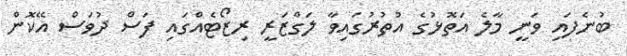
ބުނެފައި ވަނީ މާލެ އަތޮޅުގެ އުތުރުުގައިވާ ލަގްޒަރީ ރިޒޯޓެއްގައި ފަސް ދުވަސް އޭކޮން